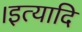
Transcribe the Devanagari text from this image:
।इत्यादि